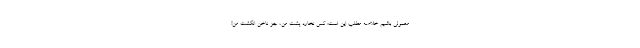
معمولی باشیم خلاصه مطلب این است: کس نخارد پشت من، جز ناخن انگشت من!